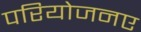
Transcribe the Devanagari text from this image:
परियोजनए